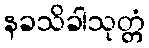
နခသိခါသုတ္တံ